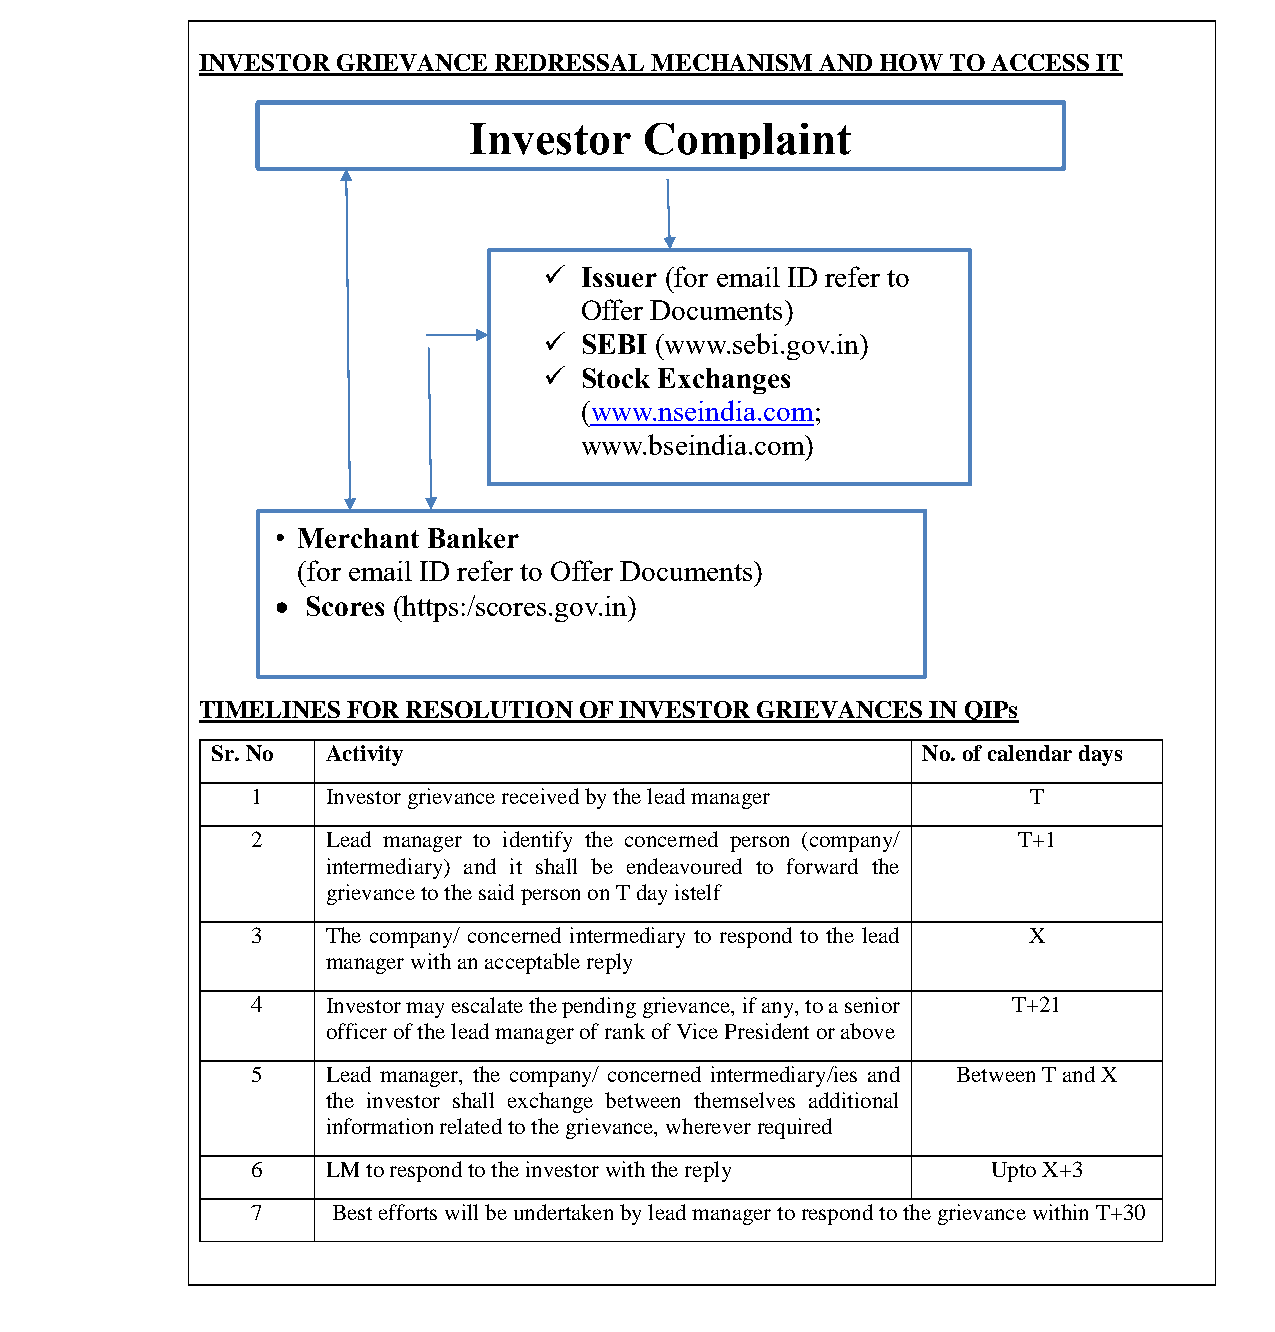
भारतीयप्रततभूततऔरवितिमयबोर्ड
 Securities and Exchange Board of India
 INVESTOR GRIEVANCE  REDRESSAL MECHANISM  AND HOW  TO ACCESS IT
 Investor    Complaint
  Issuer (for email ID refer to
 Offer Documents)
  SEBI (www.sebi.gov.in)
  Stock Exchanges
 (www.nseindia.com;
 www.bseindia.com)
 • Merchant Banker
 (for email ID refer to Offer Documents)
  Scores (https:/scores.gov.in)
 TIMELINES FOR RESOLUTION OF INVESTOR GRIEVANCES  IN QIPs
 •  Scores (https:/scores.gov.in)
 Sr. No  Activity                               No. of calendar days
 1    Investor grievance received by the lead manager T
 2    Lead manager to identify the concerned person (company/ T+1
 intermediary) and it shall be endeavoured to forward the
 grievance to the said person on T day istelf
 3    The company/ concerned intermediary to respond to the lead X
 manager with an acceptable reply
 4    Investor may escalate the pending grievance, if any, to a senior T+21
 officer of the lead manager of rank of Vice President or above
 5    Lead manager, the company/ concerned intermediary/ies and Between T and X
 the investor shall exchange between themselves additional
 information related to the grievance, wherever required
 6    LM to respond to the investor with the reply Upto X+3
 7    Best efforts will be undertaken by lead manager to respond to the grievance within T+30
 Page 23 of 52